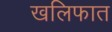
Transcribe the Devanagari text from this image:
खलिफात